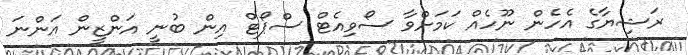
ރަޝިޔާގެ އެހެން ނޫހެއް ކަމަށްވާ ސޯވިއެޓް ސްޕޯޓް އިން ބުނީ އަންޒީން އަންނަ